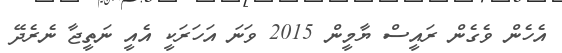
އެހެން ވެގެން ރައީސް ޔާމީން 2015 ވަނަ އަހަރަކީ އެއީ ނަތީޖާ ނެރެދޭ